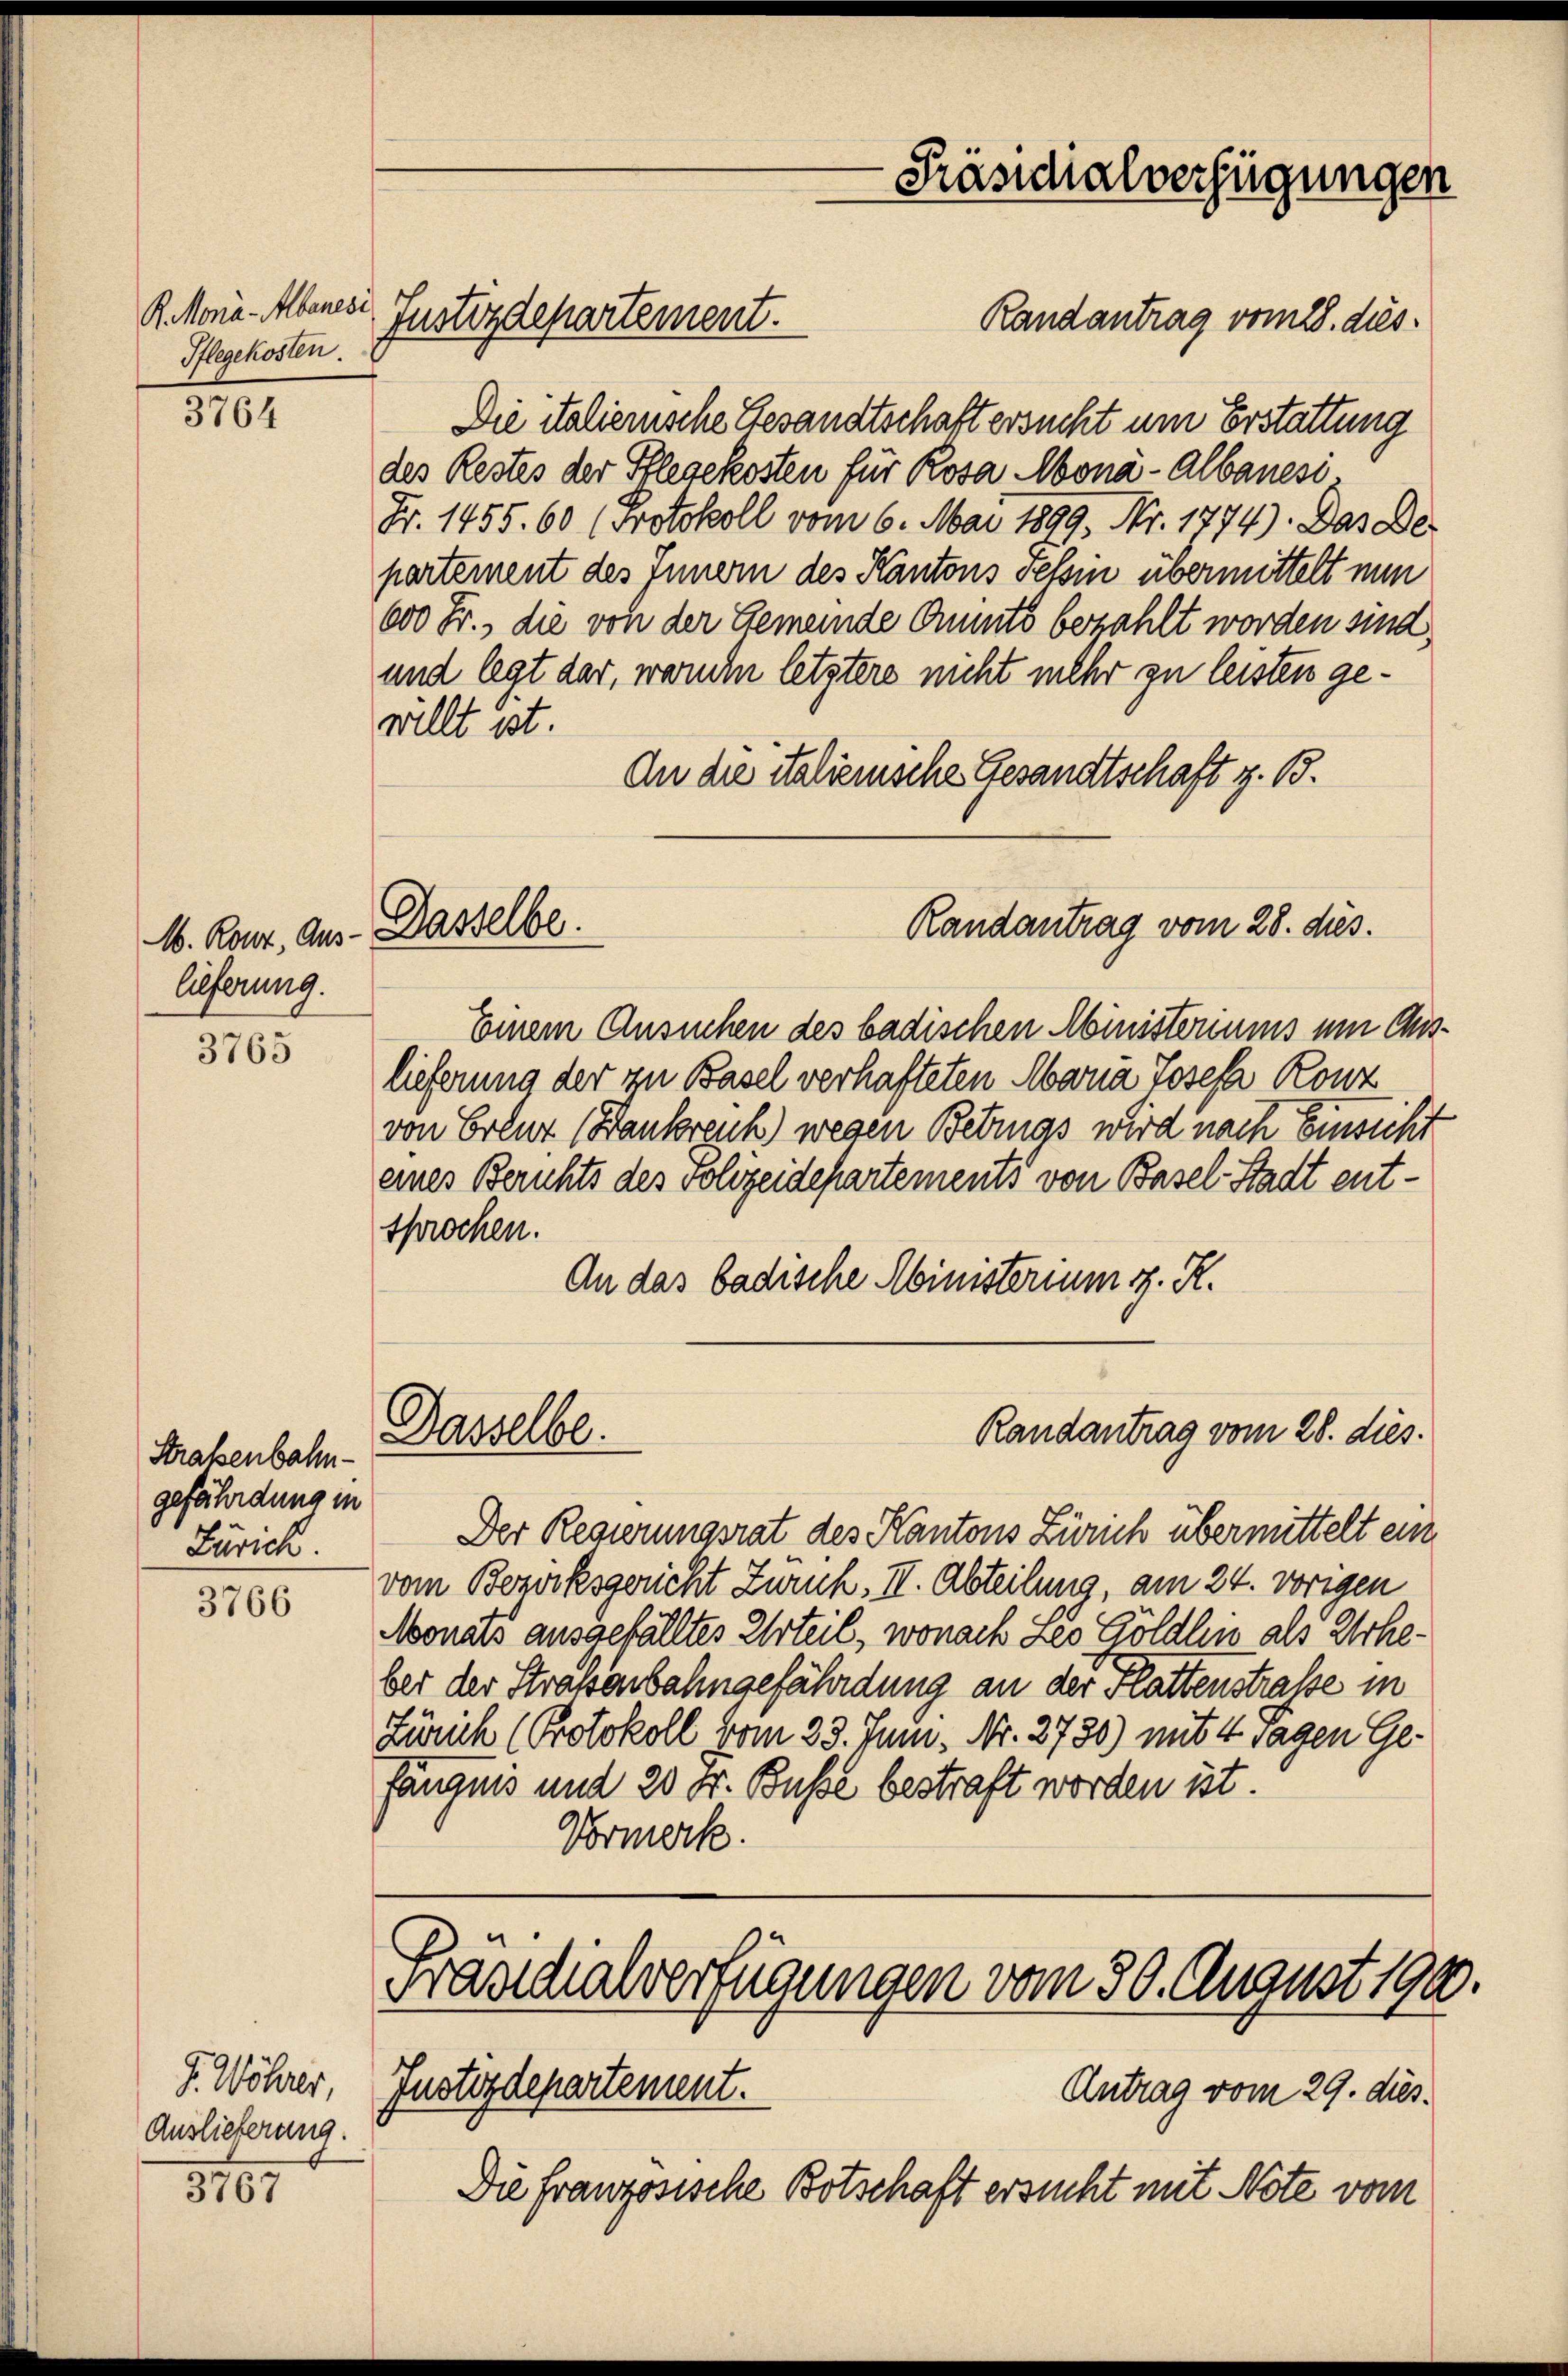
R. Mona-Albanese
Pflegekosten.

3764

M. Rout, Aus-
lieferung.

3765

Straßenbahn-
gefährdung in
Zürich.

3766

3167

J. Wöhrer,
Auslieferung.

Die talienische Gesandtschaft ersucht um Erstattung
des Restes der Pflegekosten für Rosa Mona-Albauesi
Fr. 1455. 60 (Protokoll vom 6. Mai 1899, Nr. 1774). Das De-
partement des Innern des Kantons Tessin übermittelt nun
600 Fr., die von der Gemeinde Omnmts bezahlt worden sind,
und legt dar, warum letztere nicht mehr zu leisten gewillt ist.
An die Salienische Gesandtschaft z. B.

Justizdepartement.

Dasselbe.

Einem Ansuchen des badischen Ministeriums um Mislieferung der zu Basel verhafteten Maria Josefa Konz
von Erler (Bankreuh) wegen Betrugs wird nach Einsicht
eines Berichts des volizeidepartements von Basel-Stadt entsprochen.
An das badische Ministerium d. R.
Dasselbe.
Randantrag vom 28. dies.
Der Regierungsrat des Kantons Zürich übermittelt einvom Bezirksgericht Zürich. II. Abteilung, am 24. vorigen
Monats ausgefälltes Urteil, wonach Leo Göldlin als Urheber der Straßenbahngefährdung an der Flattenstrasse in
Zürich (Protokoll vom 23. Juni. Nr. 2730) mit 4 Tagen Ge-
fängnis und 20 Fr. Busse bestraft worden ist.
Vormerk.

Präsidialverfügungen

Randantrag vom 28. dies

Randantrag vom 28. dies.

Präsidialverfügungen vom 30. August 1900.
Justizdepartement.

Antrag vom 29. dies

Die französische Botschaft ersucht mit Note vom